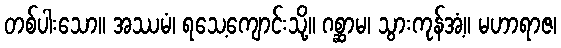
တစ်ပါးသော။ အဿမံ၊ ရသေ့ကျောင်းသို့။ ဂစ္ဆာမ၊ သွားကုန်အံ့။ မဟာရာဇ၊